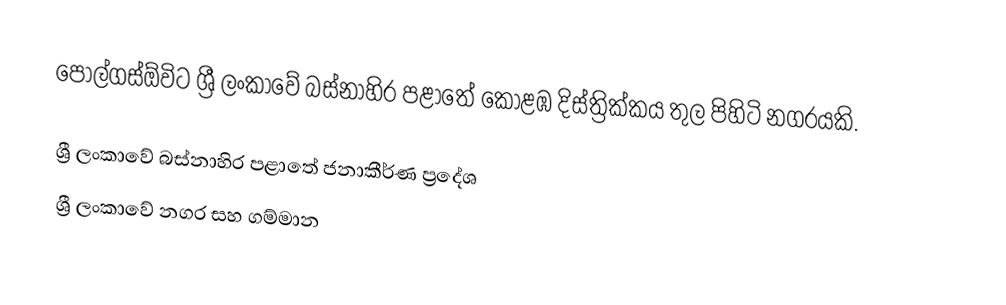
පොල්ගස්ඕවිට ශ්‍රී ලංකාවේ බස්නාහිර පළාතේ කොළඹ දිස්ත්‍රික්කය තුල පිහිටි නගරයකි.

ශ්‍රී ලංකාවේ බස්නාහිර පළාතේ ජනාකීර්ණ ප්‍රදේශ
ශ්‍රී ලංකාවේ නගර සහ ගම්මාන